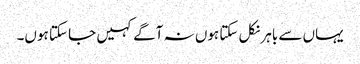
یہاں سے باہر نکل سکتا ہوں نہ آگے کہیں جا سکتا ہوں۔